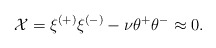
\begin{align*}{\cal X}= \xi^{(+)}\xi^{(-)}-\nu\theta^+\theta^-\approx 0.\end{align*}